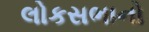
લોકસભાનો